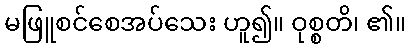
မဖြူစင်စေအပ်သေး ဟူ၍။ ဝုစ္စတိ၊ ၏။